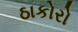
ઠાકોરો